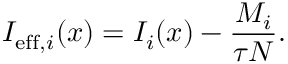
I _ { \mathrm { e f f } , i } ( x ) = I _ { i } ( x ) - \frac { M _ { i } } { \tau N } .